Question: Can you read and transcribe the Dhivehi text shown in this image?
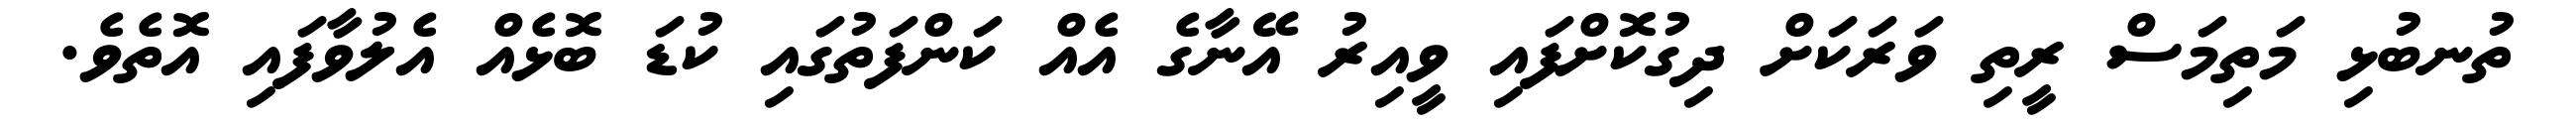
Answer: ތުނބުޅި މަތިމަސް ރީތި ވަރަކަށް ދިގުކޮށްފައި ވީއިރު އޭނާގެ އެއް ކަންފަތުގައި ކުޑަ ބޮޅެއް އެލުވާފައި އޮތެވެ.